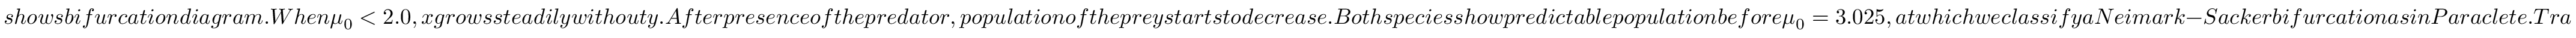
s h o w s b i f u r c a t i o n d i a g r a m . W h e n \mu _ { 0 } < 2 . 0 , x g r o w s s t e a d i l y w i t h o u t y . A f t e r p r e s e n c e o f t h e p r e d a t o r , p o p u l a t i o n o f t h e p r e y s t a r t s t o d e c r e a s e . B o t h s p e c i e s s h o w p r e d i c t a b l e p o p u l a t i o n b e f o r e \mu _ { 0 } = 3 . 0 2 5 , a t w h i c h w e c l a s s i f y a N e i m a r k - S a c k e r b i f u r c a t i o n a s i n P a r a c l e t e . T r a n s i e n t s t a t e s o c c u r b e t w e e n 3 . 0 2 5 < \mu _ { 0 } < 3 . 2 0 0 , a s i n d i c a t e d i n t h e s h a d e d r e g i o n . L a t e r , a 6 - c y c l e a p p e a r s a t \mu _ { 0 } = 3 . 2 4 , w h i c h i s a l s o c o n f i r m e d i n F i g u r e